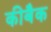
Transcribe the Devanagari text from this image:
कीबैक